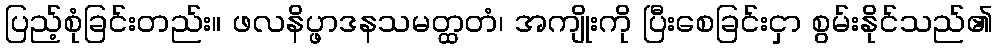
ပြည့်စုံခြင်းတည်း။ ဖလနိပ္ဖာဒနသမတ္ထတံ၊ အကျိုးကို ပြီးစေခြင်းငှာ စွမ်းနိုင်သည်၏